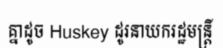
គ្នាដូច Huskey ដូរនាយករដ្ឋមន្ត្រី